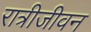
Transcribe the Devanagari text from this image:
रात्रीजीवन